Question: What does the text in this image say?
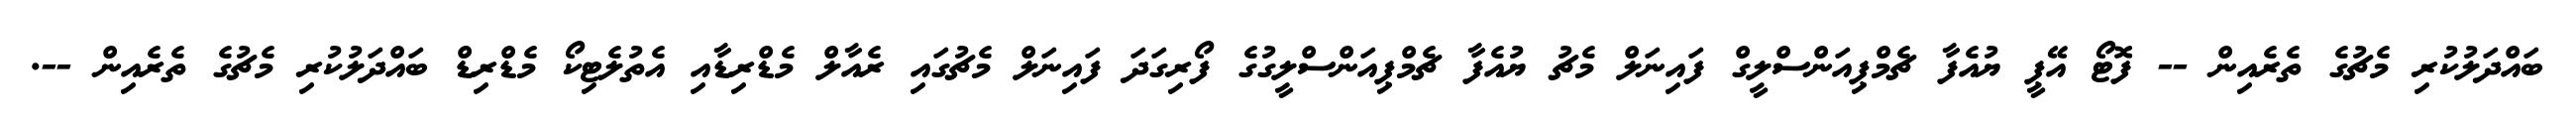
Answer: ބައްދަލުކުރި މެޗުގެ ތެރެއިން -- ފޮޓޯ އޭޕީ ޔުއެފާ ޗެމްޕިއަންސްލީގް ފައިނަލް މެޗު ޔުއެފާ ޗެމްޕިއަންސްލީގުގެ ފޯރިގަދަ ފައިނަލް މެޗުގައި ރެއާލް މެޑްރިޑާއި އެތުލެޓިކޯ މެޑްރިޑް ބައްދަލުކުރި މެޗުގެ ތެރެއިން --.